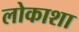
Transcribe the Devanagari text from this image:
लोकाशा